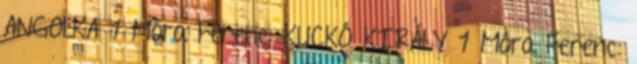
ANGOLKA 1 Móra Ferenc: KUCKÓ KIRÁLY 1 Móra Ferenc: